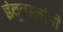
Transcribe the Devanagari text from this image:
इंदुबालांनी